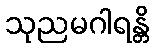
သုညမဂါရန္တိ